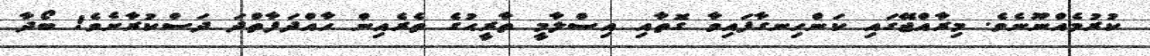
ކުރުމެއްނޫނެވެ. މިރާއްޖޭގައި ކަންހިނގާފައިވާ ގޮތާއި އިސްލާމީ ތާރީޙުގެ ތެރެއިން ހާއްދަފާތްދަ ދަސްކުރާށެވެ! ބޯދާ